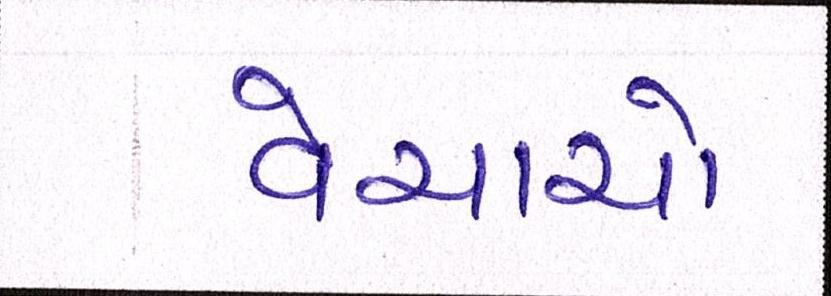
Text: વેચાયો